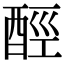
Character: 𨠸